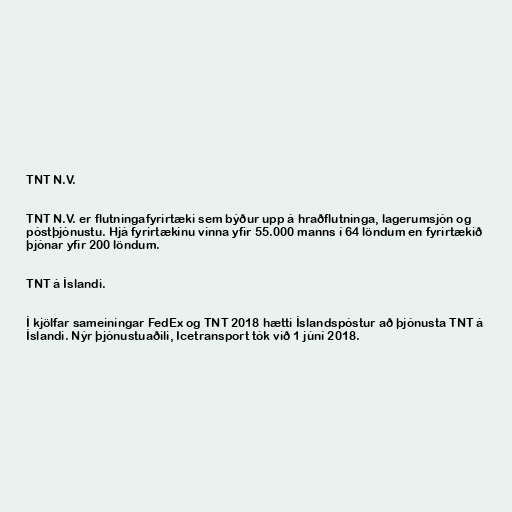
TNT N.V.

TNT N.V. er flutningafyrirtæki sem býður upp á hraðflutninga, lagerumsjón og
póstþjónustu. Hjá fyrirtækinu vinna yfir 55.000 manns í 64 löndum en fyrirtækið
þjónar yfir 200 löndum.

TNT á Íslandi.

Í kjölfar sameiningar FedEx og TNT 2018 hætti Íslandspóstur að þjónusta TNT á
Íslandi. Nýr þjónustuaðili, Icetransport tók við 1 júní 2018.